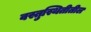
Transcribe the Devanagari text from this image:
वस्तुस्थितीतील